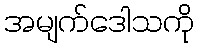
အမျက်ဒေါသကို